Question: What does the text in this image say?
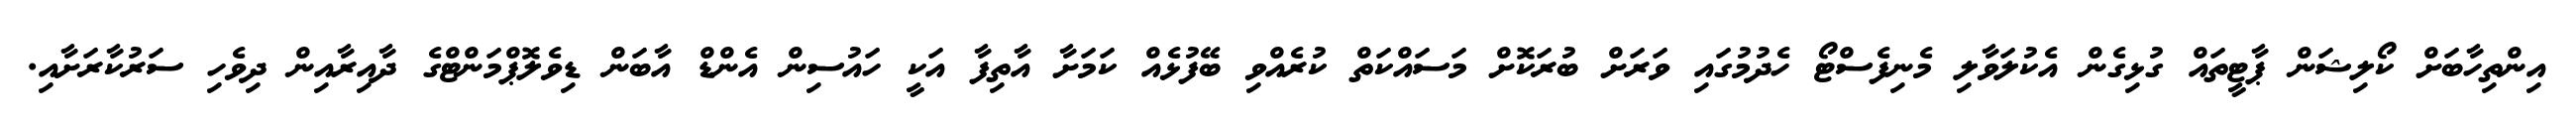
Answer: އިންތިހާބަށް ކޯލިޝަން ޕާޓީތައް ގުޅިގެން އެކުލަވާލި މެނިފެސްޓޯ ހެދުމުގައި ވަރަށް ބުރަކޮށް މަސައްކަތް ކުރެއްވި ބޭފުޅެއް ކަމަށާ އާތިފާ އަކީ ހައުސިން އެންޑް އާބަން ޑިވެލޮޕްމަންޓްގެ ދާއިރާއިން ދިވެހި ސަރުކާރަށާއި.